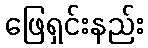
ဖြေရှင်းနည်း